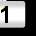
Digit: 1